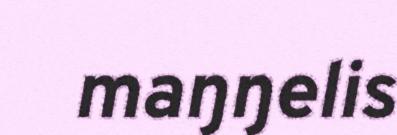
maŋŋelis